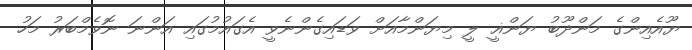
ޔޫއެއިންގެ މަންދޫބު ޔަންޣީ ލީ މިޔަންމާއަށް ވަޑައިގެންނެވީ އެގައުމުގައި އަންނަ ނޮވެމްބަރު މަހު